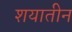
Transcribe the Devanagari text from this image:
शयातीन